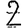
Digit: 2